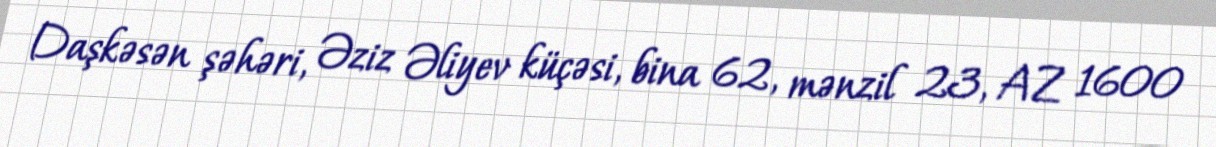
Daşkəsən şəhəri, Əziz Əliyev küçəsi, bina 62, mənzil 23, AZ 1600